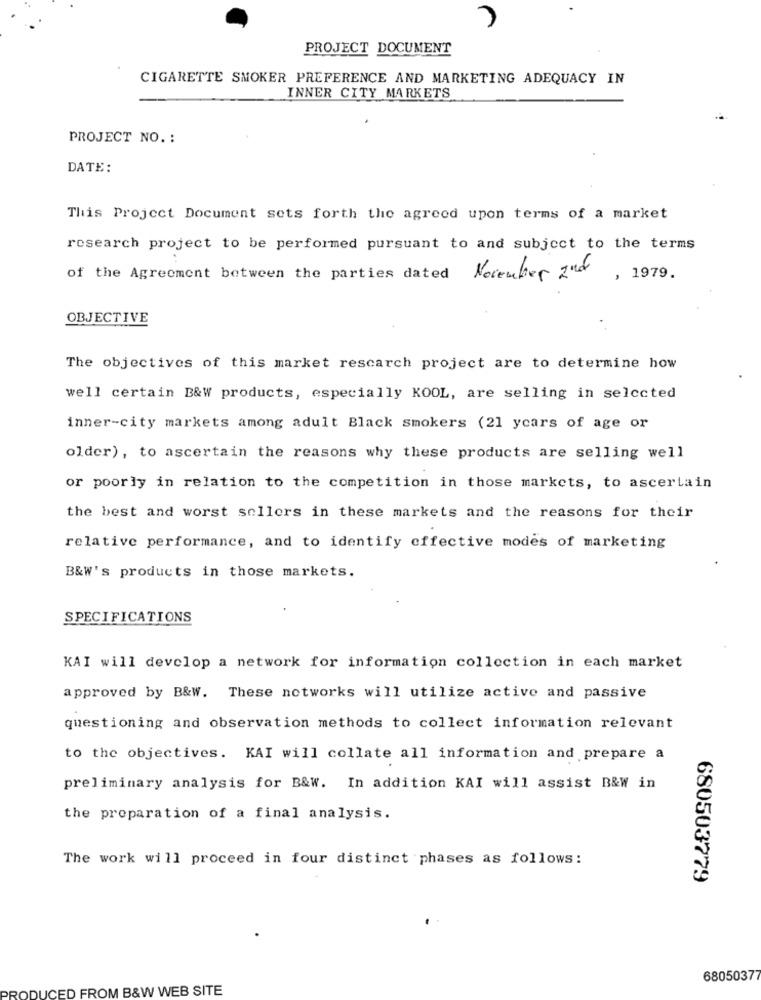
PROJECT DOCUMENT
CIGARETTE SMOKER PREFERENCE AND MARKETING ADEQUACY IN
INNER CITY MARKETS
PROJECT NO. :
DATE:
This Project Document sets forth the agreed upon terms of a market
research project to be performed pursuant to and subject to the terms
of the Agreement between the parties dated
November 2nd
, 1979.
OBJECTIVE
The objectives of this market research project are to determine how
well certain B&W products, especially KOOL, are selling in selected
inner-city markets among adult Black smokers (21 years of age or
older) , to ascertain the reasons why these products are selling well
or poorly in relation to the competition in those markets, to ascertain
the best and worst sellers in these markets and the reasons for their
relative performance, and to identify effective modes of marketing
B&W's products in those markets.
SPECIFICATIONS
KAI will develop a network for information collection in each market
approved by B&W. These networks will utilize active and passive
questioning and observation methods to collect information relevant
to the objectives. KAI will collate all information and prepare a
preliminary analysis for B&W. In addition KAI will assist B&W in
the preparation of a final analysis.
The work will proceed in four distinct phases as follows:
680503779
68050377
PRODUCED FROM B&W WEB SITE